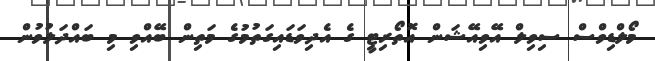
މޯލްޑިވްސް ސިވިލް އޭވިއޭޝަން އޮތޯރިޓީ ގެ އެދިވަޑައިގަތުމުގެ މަތިން ބޭއްވި މި ބައްދަލުވުން